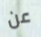
عن